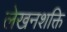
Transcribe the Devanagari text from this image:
लेखनशक्ति